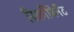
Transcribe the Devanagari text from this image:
रिकाँबिनेंट